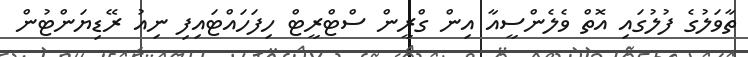
ތާވަލުގެ ފުލުގައި އޮތް ވެލެންސީއާ އިން ގްރީން ސްޓްރީޓް ހިފަހައްޓައިފި ނިއު ރޭޑިޔަންޓުން